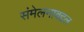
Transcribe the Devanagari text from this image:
संमेलनाबद्दल